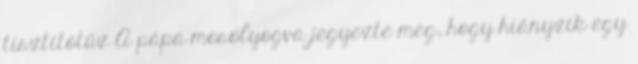
tisztítótűz A pápa mosolyogva jegyezte meg, hogy hiányzik egy